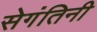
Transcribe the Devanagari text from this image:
सेगंतिनी